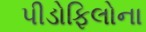
પીડોફિલોના